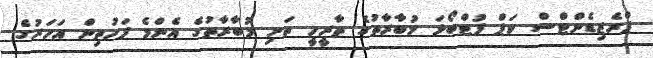
ޕްރެޒިޑެންޓްސް ކަޕް ފުޓްބޯޅަ މުބާރާތުގެ ތާރީހީ ތަށި މުބާރާތުގެ އެންމެ ފަހުތިން އަހަރުގެ